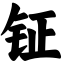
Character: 钲